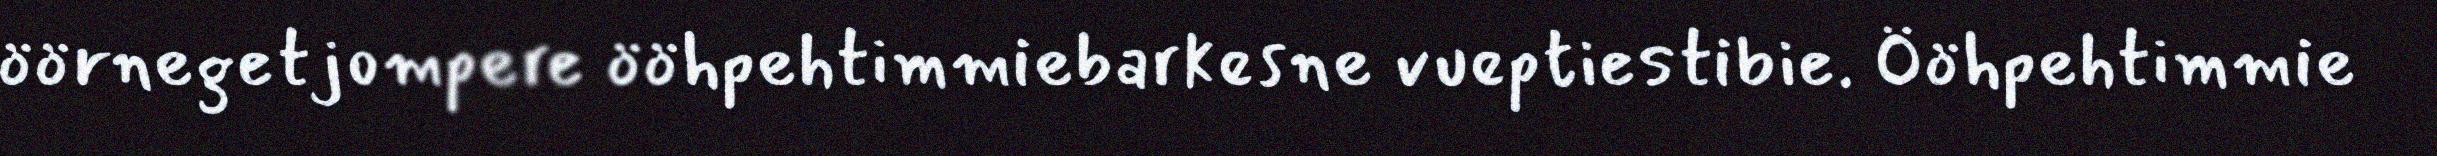
öörnegetjompere ööhpehtimmiebarkesne vueptiestibie. Ööhpehtimmie